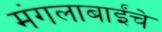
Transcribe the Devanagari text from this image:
मंगलाबाईंचे